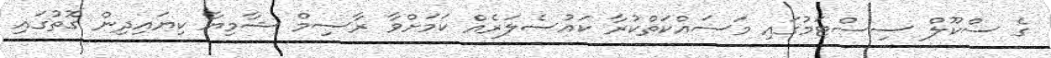
ގެ ސްކޫލް ސިސްޓަމުގައި މަސައްކަތްކުރާ ކައުސެލަރެއް ކަމަށްވާ ރާސިމް ޝާމިޔާ ކިޔައިދިން ގޮތުގައި